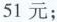
51元；